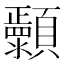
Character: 𬱐